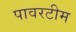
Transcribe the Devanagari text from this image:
पावरटीम